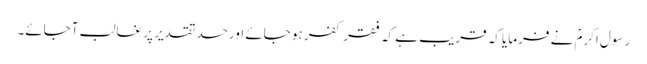
رسول اکرمؐ نے فرمایا کہ قریب ہے کہ فقر کفر ہو جائے اور حسد تقدیر پر غالب آجائے۔